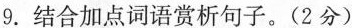
9.结合加点词语赏析句子。(2分)